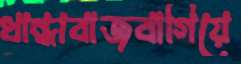
ধান্ধাবাজবাগিয়ে